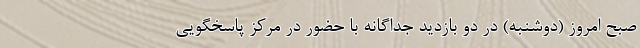
صبح امروز (دوشنبه) در دو بازدید جداگانه با حضور در مرکز پاسخگویی